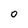
Character: 0